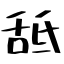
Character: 䑛